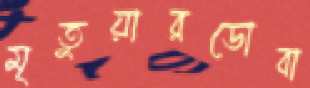
মৃতুয়ারডোবা